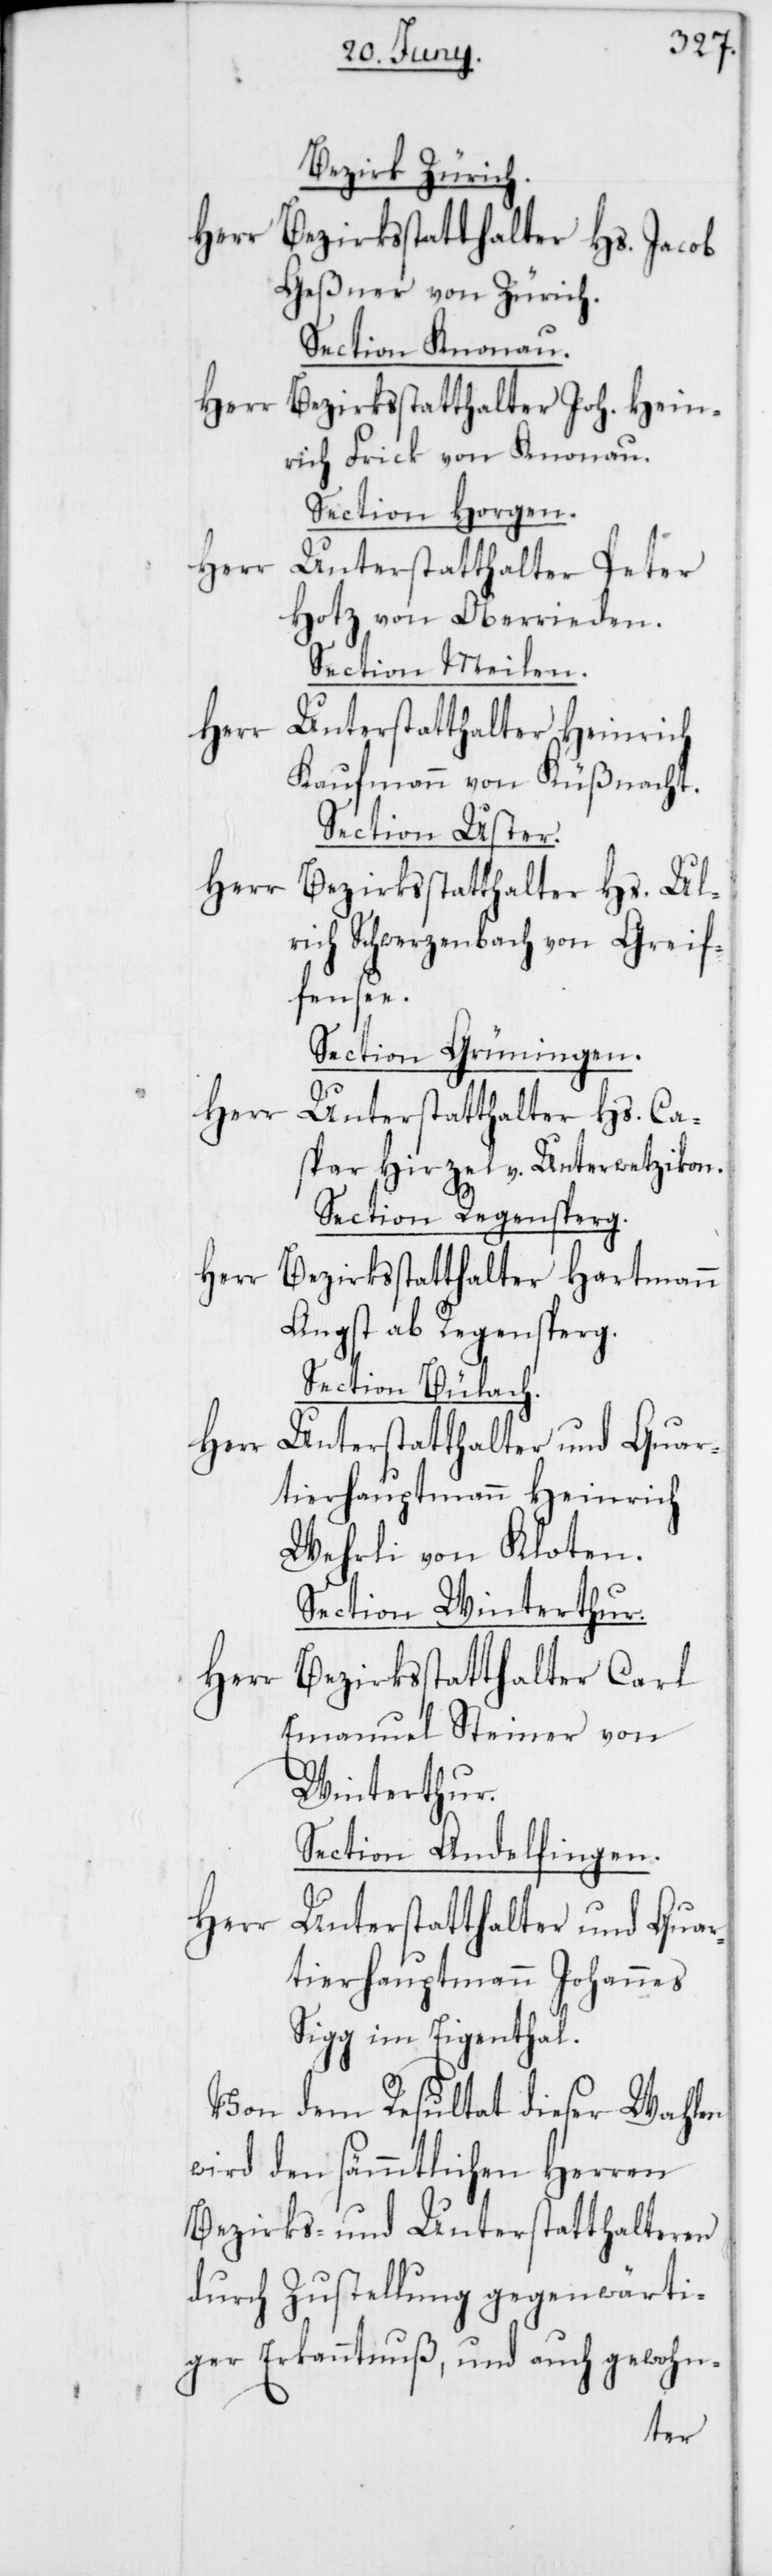
Bezirk Zürich.
Herr Bezirksstatthalter Hs. Jacob
Geßner von Zürich.
Section Knonau.
Herr Bezirksstatthalter Joh. Hein¬
rich Frick von Knonau.
Section Horgen.
Herr
Unterstatthalter Peter
Hotz von Oberrieden.
Section Meilen.
Unterstatthalter Heinrich
Kaufmann von Küßnacht.
Section Uster.
Herr
Bezirksstatthalter Hs. Ul¬
rich Schwerzenbach von Greif¬
fensee.
Section Grüningen.
Herr
Unterstatthalter Hs. Ca¬
spar Hirzel v. Unterwetzikon.
Section Regensperg.
Herr Bezirksstatthalter Hartmann
Angst ab Regensperg.
Section Bülach.
tierhauptmann Heinrich
Wehrli von Kloten.
Section Winterthur.
Herr
Bezirksstatthalter Carl
Emanuel Steiner von
Winterthur.
Section Andelfingen.
Herr
Unterstatthalter und Quar¬
tierhauptmann Johannes
Sigg im Eigenthal.
Von dem Resultat dieser Wahlen
wird den sämmtlichen Herren
Bezirks- und Unterstatthalteren
durch Zustellung gegenwärti¬
ger Erkanntnuß, und auch gewohn-